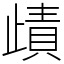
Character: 歵